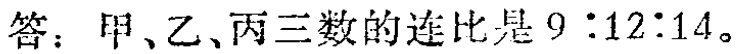
答：甲、乙、丙三数的连比是\(9:12:14\)。